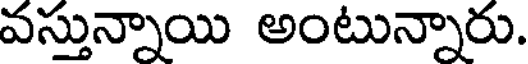
వస్తున్నాయి అంటున్నారు.